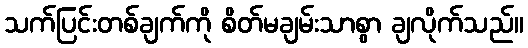
သက်ပြင်းတစ်ချက်ကို စိတ်မချမ်းသာစွာ ချလိုက်သည်။